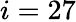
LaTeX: i=27